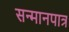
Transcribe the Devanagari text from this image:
सन्‍मानपात्र